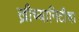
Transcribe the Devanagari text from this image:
ख्रीच्यानिटीचा